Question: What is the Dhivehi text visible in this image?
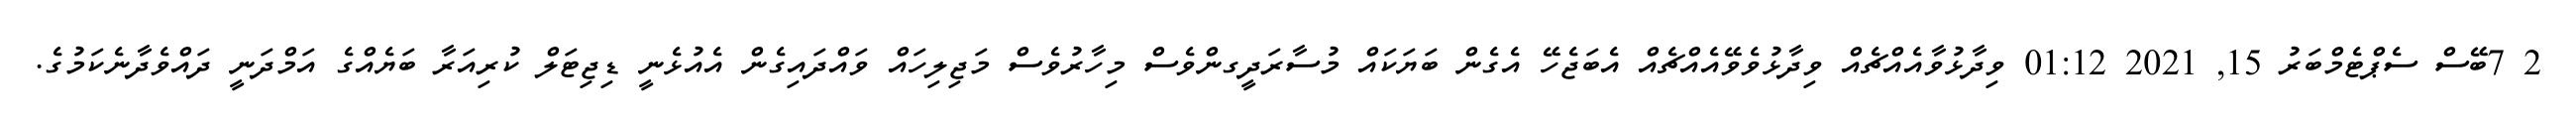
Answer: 2 7ބޭސް ސެޕްޓެމްބަރު 15, 2021 01:12 ވިދާޅުވާއެއްޗެއް ވިދާޅުވެވޭއެއްޗެއް އެބަޖެހޭ އެގެން ބަޔަކައް މުސާރަދީގންވެސް މިހާރުވެސް މަޖިލިހައް ވައްދައިގެން އެއުޅެނީ ޑިޖިޓަލް ކުރިއަރާ ބަޔެއްގެ އަމްދަނީ ދައްވެދާނެކަމުގެ.